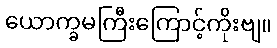
ယောက္ခမကြီးကြောင့်ကိုးဗျ။